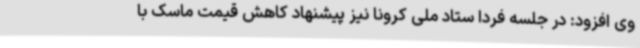
وی افزود: در جلسه فردا ستاد ملی کرونا نیز پیشنهاد کاهش قیمت ماسک با